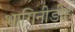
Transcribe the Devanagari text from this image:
भागिनीडीह